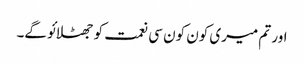
اور تم میری کون کون سی نعمت کو جھٹلائو گے۔